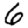
Digit: 6